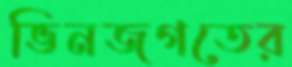
ভিনজগতের